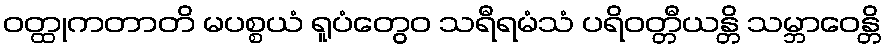
ဝတ္ထုကတာတိ မပစ္စယံ ရူပံတွေဝ သရီရမံသံ ပရိဝတ္တီယန္တိ သမ္ဘာဝေန္တိ